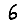
Digit: 6